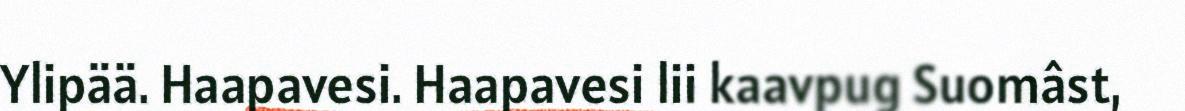
Ylipää. Haapavesi. Haapavesi lii kaavpug Suomâst,